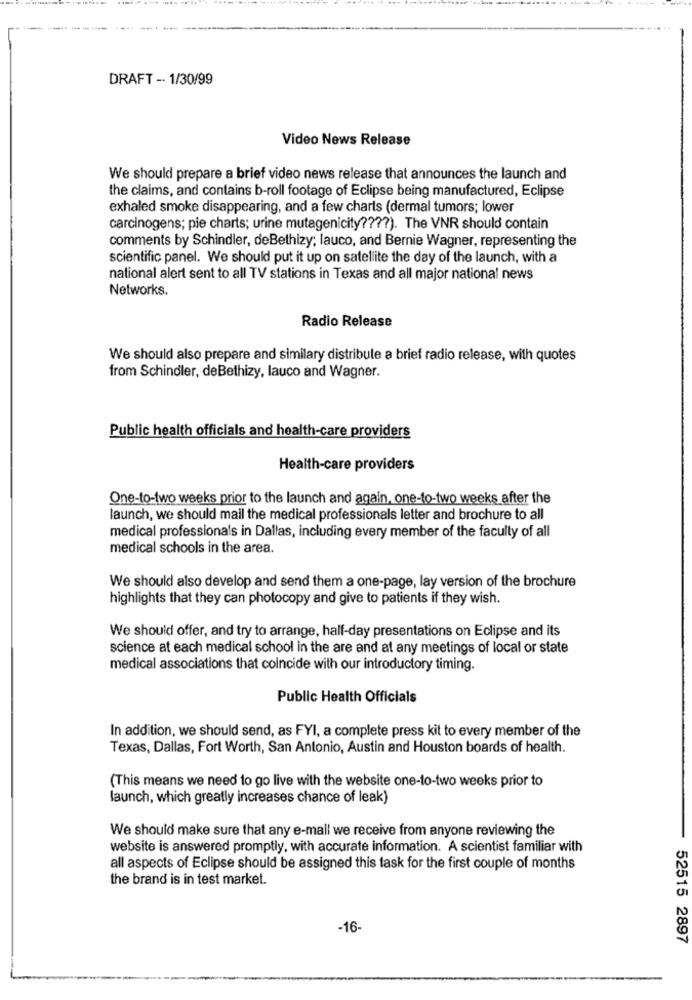
DRAFT -· 1/30/99
Video News Release
We should prepare a brief video news release that announces the launch and
the claims, and contains b-roll footage of Eclipse being manufactured, Eclipse
exhaled smoke disappearing, and a few charts (dermal tumors; lower
carcinogens; pie charts; urine mutagenicity ???? ). The VNR should contain
comments by Schindler, deBethizy; lauco, and Bernie Wagner, representing the
scientific panel. We should put it up on satellite the day of the launch, with a
national alert sent to all TV stations in Texas and all major national news
Networks.
Radio Release
We should also prepare and similary distribute a brief radio release, with quotes
from Schindler, deBethizy, lauco and Wagner.
Public health officials and health-care providers
Health-care providers
One-to-two weeks prior to the launch and again, one-to-two weeks after the
launch, we should mail the medical professionals letter and brochure to all
medical professionals in Dallas, including every member of the faculty of all
medical schools in the area.
We should also develop and send them a one-page, lay version of the brochure
highlights that they can photocopy and give to patients if they wish.
We should offer, and try to arrange, half-day presentations on Eclipse and its
science at each medical school in the are and at any meetings of local or state
medical associations that coincide with our introductory timing.
Public Health Officials
In addition, we should send, as FYI, a complete press kit to every member of the
Texas, Dallas, Fort Worth, San Antonio, Austin and Houston boards of health.
(This means we need to go live with the website one-to-two weeks prior to
launch, which greatly increases chance of leak)
We should make sure that any e-mail we receive from anyone reviewing the
website is answered promptly, with accurate information. A scientist familiar with
all aspects of Eclipse should be assigned this task for the first couple of months
the brand is in test market.
-16-
52515 2897